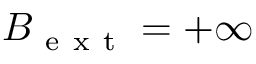
B _ { \mathrm { ~ e ~ x ~ t ~ } } = + \infty